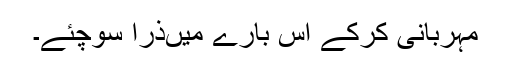
مہربانی کرکے اس بارے میںذرا سوچئے۔